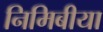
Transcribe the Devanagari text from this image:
निमिबीया